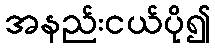
အနည်းငယ်ပို၍